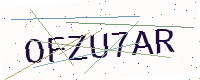
Text: OFZU7AR